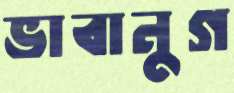
ভাবানুগ